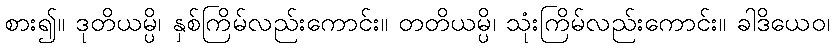
စား၍။ ဒုတိယမ္ပိ၊ နှစ်ကြိမ်လည်းကောင်း။ တတိယမ္ပိ၊ သုံးကြိမ်လည်းကောင်း။ ခါဒိယေဝ၊